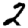
Digit: 2